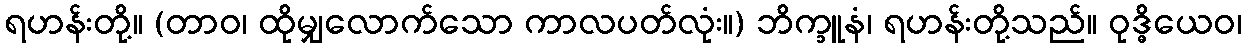
ရဟန်းတို့။ (တာဝ၊ ထိုမျှလောက်သော ကာလပတ်လုံး။) ဘိက္ခူနံ၊ ရဟန်းတို့သည်။ ဝုဒ္ဓိယေဝ၊